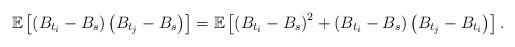
LaTeX: \begin{align*}\mathbb{E}\left[\left(B_{t_{i}}-B_{s}\right)\left(B_{t_{j}}-B_{s}\right)\right]=\mathbb{E}\left[\left(B_{t_{i}}-B_{s}\right)^{2}+\left(B_{t_{i}}-B_{s}\right)\left(B_{t_{j}}-B_{t_{i}}\right)\right].\end{align*}